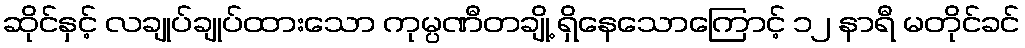
ဆိုင်နှင့် လချုပ်ချုပ်ထားသော ကုမ္ပဏီတချို့ ရှိနေသောကြောင့် ၁၂ နာရီ မတိုင်ခင်